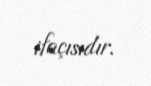
ifaçısıdır.